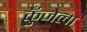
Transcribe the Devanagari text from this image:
कुँजेला